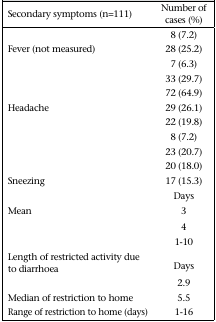
<table><thead><tr><td><b>Secondary symptoms (n=111)</b></td><td><b>Number of cases (%)</b></td></tr></thead><tbody><tr><td>[EMPTY_CELL]</td><td>8 (7.2)</td></tr><tr><td>Fever (not measured)</td><td>28 (25.2)</td></tr><tr><td>[EMPTY_CELL]</td><td>7 (6.3)</td></tr><tr><td>[EMPTY_CELL]</td><td>33 (29.7)</td></tr><tr><td>[EMPTY_CELL]</td><td>72 (64.9)</td></tr><tr><td>Headache</td><td>29 (26.1)</td></tr><tr><td>[EMPTY_CELL]</td><td>22 (19.8)</td></tr><tr><td>[EMPTY_CELL]</td><td>8 (7.2)</td></tr><tr><td>[EMPTY_CELL]</td><td>23 (20.7)</td></tr><tr><td>[EMPTY_CELL]</td><td>20 (18.0)</td></tr><tr><td>Sneezing</td><td>17 (15.3)</td></tr><tr><td>[EMPTY_CELL]</td><td>Days</td></tr><tr><td>Mean</td><td>3</td></tr><tr><td>[EMPTY_CELL]</td><td>4</td></tr><tr><td>[EMPTY_CELL]</td><td>1-10</td></tr><tr><td>Length of restricted activity due to diarrhoea</td><td>Days</td></tr><tr><td>[EMPTY_CELL]</td><td>2.9</td></tr><tr><td>Median of restriction to home</td><td>5.5</td></tr><tr><td>Range of restriction to home (days)</td><td>1-16</td></tr></tbody></table>